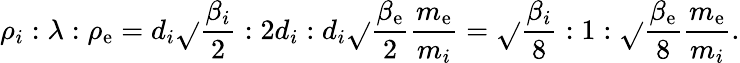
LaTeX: \rho_{i}:\lambda:\rho_{\mathrm{e}}=d_{i}\sqrt{}{{\frac{{\beta_{i}}}{{2}}}}:2d_{i}:d_{i}\sqrt{}{{\frac{{\beta_{\mathrm{e}}}}{{2}}\frac{{m_{\mathrm{e}}}}{{m_{i}}}}}=\sqrt{}{{\frac{{\beta_{i}}}{{8}}}}:1:\sqrt{}{{\frac{{\beta_{\mathrm{e}}}}{{8}}\frac{{m_{\mathrm{e}}}}{{m_{i}}}}}.